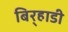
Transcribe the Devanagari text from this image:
बिर्‍हाडी